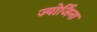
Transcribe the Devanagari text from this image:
ज्योर्जिना